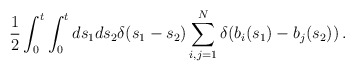
\begin{align*}\frac{1}{2}\int_0^t \int_0^tds_1ds_2 \delta(s_1-s_2)\sum_{i,j=1}^N \delta(b_i(s_1) -b_j(s_2))\,.\end{align*}